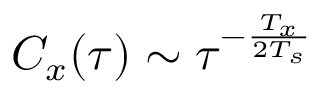
C _ { x } ( \tau ) \sim \tau ^ { - \frac { T _ { x } } { 2 T _ { s } } }